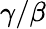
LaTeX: \gamma/\beta